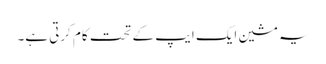
یہ مشین ایک ایپ کے تحت کام کرتی ہے۔